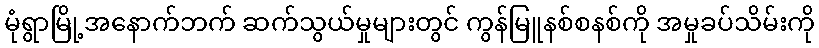
မုံရွာမြို့အနောက်ဘက် ဆက်သွယ်မှုများတွင် ကွန်မြူနစ်စနစ်ကို အမှုခပ်သိမ်းကို